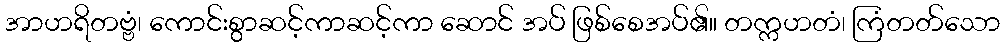
အာဟရိတဗ္ဗံ၊ ကောင်းစွာဆင့်ကာဆင့်ကာ ဆောင် အပ် ဖြစ်စေအပ်၏။ တက္ကဟတံ၊ ကြံတတ်သော